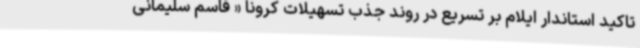
تاکید استاندار ایلام بر تسریع در روند جذب تسهیلات کرونا « قاسم سلیمانی